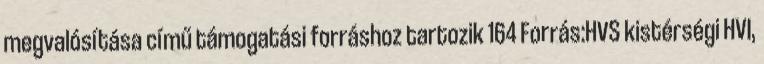
megvalósítása című támogatási forráshoz tartozik 164 Forrás:HVS kistérségi HVI,